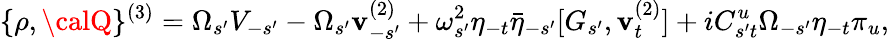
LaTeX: \{ \rho,{\calQ}\} ^{(3)}=\Omega_{s^{\prime}}V_{-s^{\prime}}-\Omega_{s^{\prime}}\mathbf{v}_{-s^{\prime}}^{(2)}+\omega_{s^{\prime}}^{2}\eta_{-t}\bar{{\eta}}_{-s^{\prime}}[G_{s^{\prime}},\mathbf{v}_{t}^{(2)}]+iC_{s^{\prime}t}^{u}\Omega_{-s^{\prime}}\eta_{-t}\pi_{u},